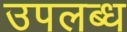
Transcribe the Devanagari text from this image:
उपलब्ध